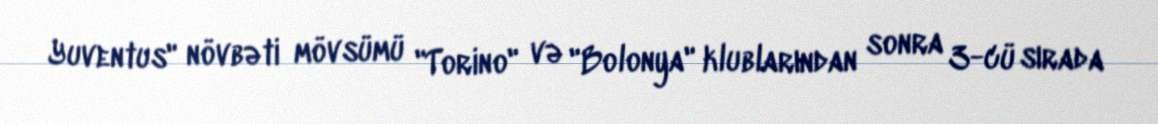
Yuventus" növbəti mövsümü "Torino" və "Bolonya" klublarından sonra 3-cü sırada